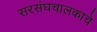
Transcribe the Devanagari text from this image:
सरसंघचालकाचे